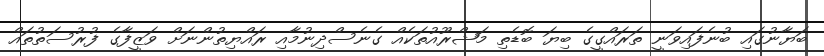
ބަޔާނުގައި ބުނެފައިވަނީ ތަރައްގީގެ ބިޔަ ބޮޑެތި މަޝްރޫއުތަކެއް ގެނެސްދިނުމާއި ރައްޔިތުންނަށް ވަޒީފާގެ ފުރުސަތުތައް